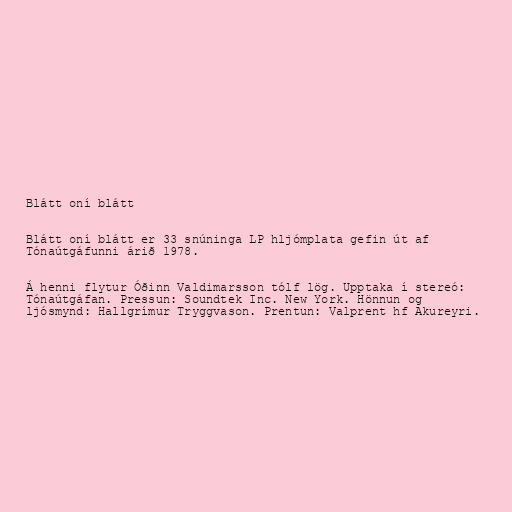
Blátt oní blátt

Blátt oní blátt er 33 snúninga LP hljómplata gefin út af
Tónaútgáfunni árið 1978.

Á henni flytur Óðinn Valdimarsson tólf lög. Upptaka í stereó:
Tónaútgáfan. Pressun: Soundtek Inc. New York. Hönnun og
ljósmynd: Hallgrímur Tryggvason. Prentun: Valprent hf Akureyri.